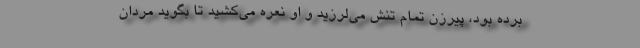
برده بود، پیرزن تمام تنش می‌لرزید و او نعره می‌کشید تا بگوید مردان